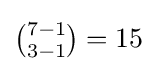
{\tbinom {7-1}{3-1}}=15